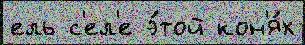
ель с'ел'е э́той кон'я́х